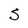
Character: S